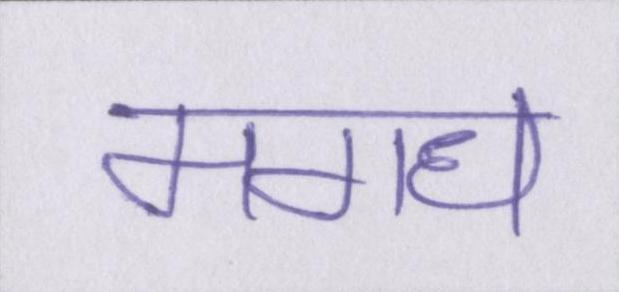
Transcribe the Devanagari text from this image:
मगध